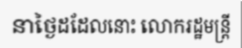
នាថ្ងៃដដែលនោះ លោករដ្ឋមន្ត្រី